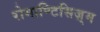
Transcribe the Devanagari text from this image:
रोमाण्टिसिज़्म